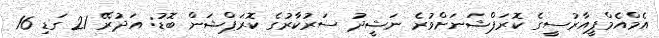
އެމްއެމްޕީއާރުސީގެ ކޮރަޕްޝަނަށްވުރެ ނަޝީދު ސަރުކާރުގެ ކޮރަޕްޝަން ބޮޑު: އަދުރޭ 21 ގަޑި 16